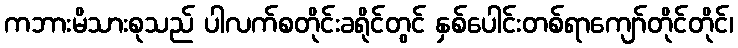
ကဘားမိသားစုသည် ပါလက်စတိုင်းခရိုင်တွင် နှစ်ပေါင်းတစ်ရာကျော်တိုင်တိုင်၊